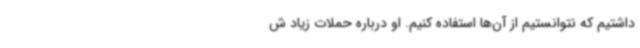
داشتیم که نتوانستیم از آن‌ها استفاده کنیم. او درباره حملات زیاد ش